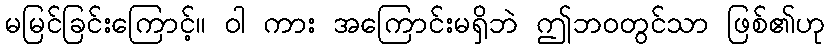
မမြင်ခြင်းကြောင့်။ ဝါ ကား အကြောင်းမရှိဘဲ ဤဘဝတွင်သာ ဖြစ်၏ဟု